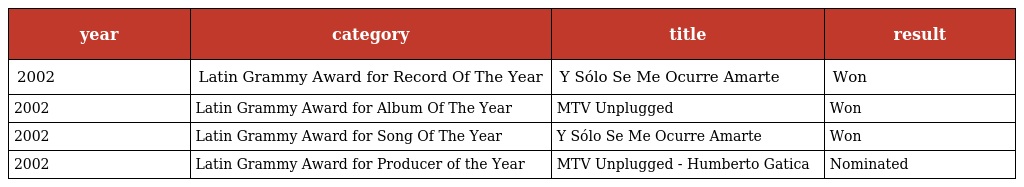
| year | category | title | result |
 | --- | --- | --- | --- |
 | 2002 | Latin Grammy Award for Record Of The Year | Y Sólo Se Me Ocurre Amarte | Won |
 | 2002 | Latin Grammy Award for Album Of The Year | MTV Unplugged | Won |
 | 2002 | Latin Grammy Award for Song Of The Year | Y Sólo Se Me Ocurre Amarte | Won |
 | 2002 | Latin Grammy Award for Producer of the Year | MTV Unplugged - Humberto Gatica | Nominated |